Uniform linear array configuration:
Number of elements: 4
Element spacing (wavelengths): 0.5
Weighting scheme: uniform
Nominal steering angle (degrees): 60
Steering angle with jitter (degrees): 59.638
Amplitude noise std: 0.05
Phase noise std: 0.05

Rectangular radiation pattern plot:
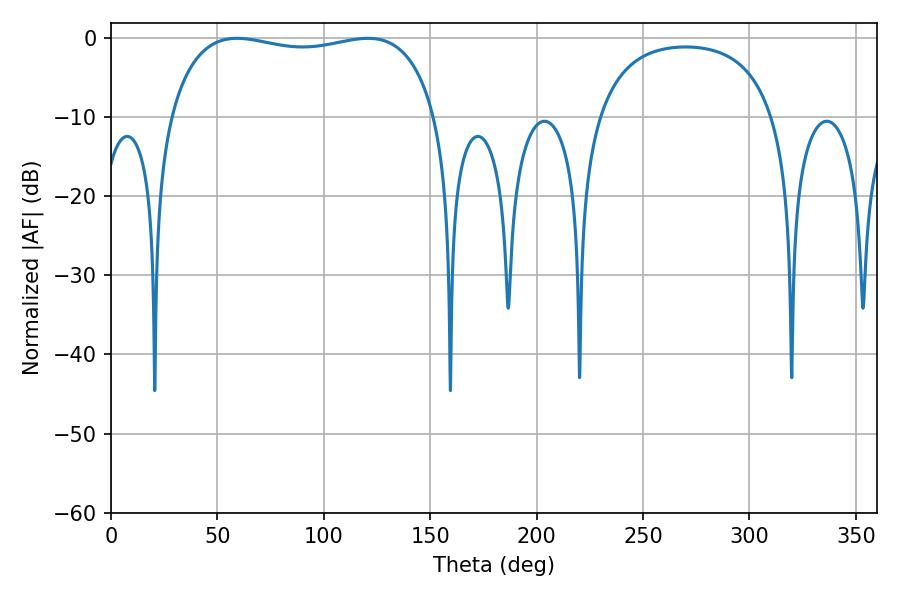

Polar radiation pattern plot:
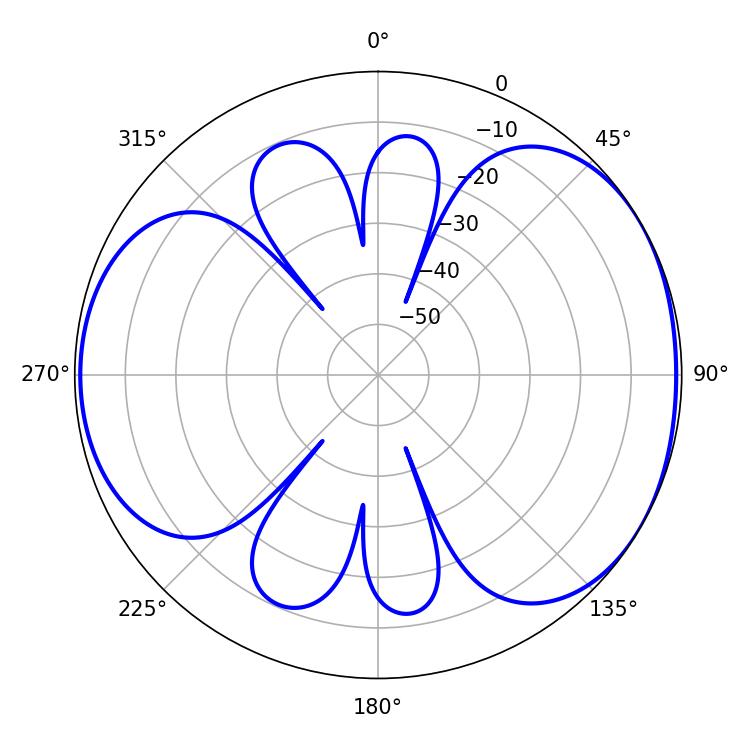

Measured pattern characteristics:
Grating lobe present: FALSE
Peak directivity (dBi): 4.696
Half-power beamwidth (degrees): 101.52
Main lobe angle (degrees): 120.78